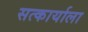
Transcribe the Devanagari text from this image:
सत्कार्याला